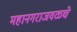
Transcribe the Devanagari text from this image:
महानगराजवळचे